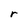
Character: r